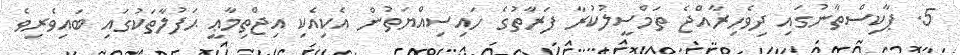
5. ޕާކިސްތާނުގައި ދިވެހިރާއްޖެ ތަމްސީލުކުރާ ފަރާތުގެ ހައިސިއްޔަތުން އެކިއެކި އިޖްތިމާޢީ ޙަފުލާތަކުގައި ބައިވެރިވެ